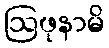
ဩဖုနာမိ